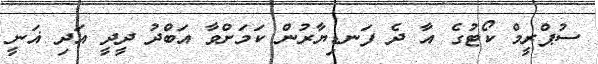
ސުޕްރީމް ކޯޓުގެ އާ ދެ ފަނޑިޔާރުން ކަމަށްވާ އަބްދު ދީދީ އަދި ޣަނީ